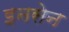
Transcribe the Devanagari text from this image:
इनसेन